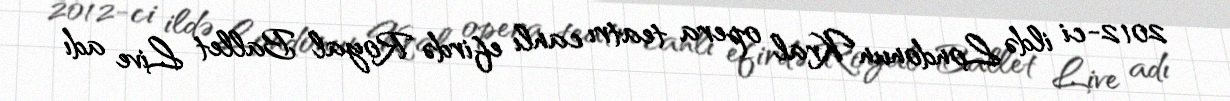
2012-ci ildə Londonun Kral opera teatrı canlı efirdə Royal Ballet Live adı